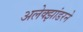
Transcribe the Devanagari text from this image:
अलेक्झांडरने